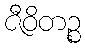
ဇီဝိတဉ္စ